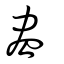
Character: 盡